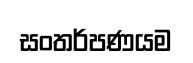
සංතර්පණයම